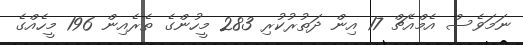
ނަމަވެސް އެމްއެޗް 17 އިން ދަތުރުކުރި 283 މީހުންގެ ތެރެއިން 196 މީހެއްގެ